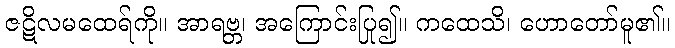
ဇဋိလမထေရ်ကို။ အာရဗ္ဘ၊ အကြောင်းပြု၍။ ကထေသိ၊ ဟောတော်မူ၏။